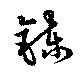
錬